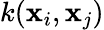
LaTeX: k(\mathbf{x}_{i},\mathbf{x}_{j})